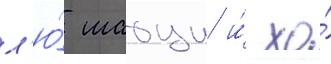
л'ю́ шаоци и́ хо́